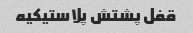
قفل پشتش پلاستیکیه